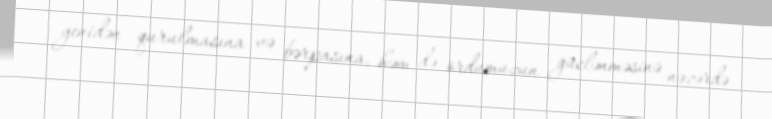
yenidən qurulmasına və bərpasına, həm də ordumuzun güclənməsinə nəzərdə